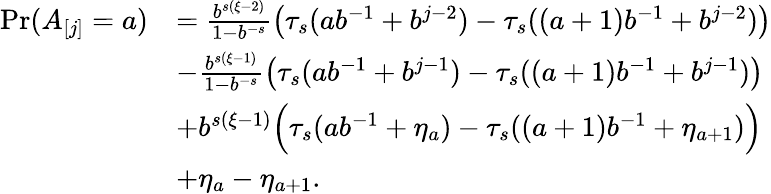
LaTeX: \begin{array}{rl}{\operatorname*{Pr}(A_{[j]}=a)}&{=\frac{b^{s(\xi-2)}}{1-b^{-s}}\left(\tau_{s}(ab^{-1}+b^{j-2})-\tau_{s}((a+1)b^{-1}+b^{j-2})\right)}\\ &{-\frac{b^{s(\xi-1)}}{1-b^{-s}}\left(\tau_{s}(ab^{-1}+b^{j-1})-\tau_{s}((a+1)b^{-1}+b^{j-1})\right)}\\ &{+b^{s(\xi-1)}\Big(\tau_{s}(ab^{-1}+\eta_{a})-\tau_{s}((a+1)b^{-1}+\eta_{a+1})\Big)}\\ &{+\eta_{a}-\eta_{a+1}.}\end{array}